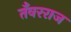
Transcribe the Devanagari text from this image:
तँवरराज